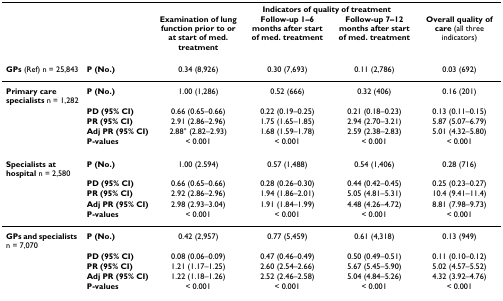
<table><thead><tr><td></td><td></td><td colspan="4"><b>Indicators of quality of treatment</b></td></tr><tr><td></td><td></td><td><b>Examination of lung function prior to or at start of med. treatment</b></td><td><b>Follow-up 1–6 months after start of med. treatment</b></td><td><b>Follow-up 7–12 months after start of med. treatment</b></td><td><b>Overall quality of care (all three indicators)</b></td></tr></thead><tbody><tr><td><b>GPs </b>(Ref) n = 25,843</td><td><b>P (No.)</b></td><td>0.34 (8,926)</td><td>0.30 (7,693)</td><td>0.11 (2,786)</td><td>0.03 (692)</td></tr><tr><td><b>Primary care specialists </b>n = 1,282</td><td><b>P (No.)</b></td><td>1.00 (1,286)</td><td>0.52 (666)</td><td>0.32 (406)</td><td>0.16 (201)</td></tr><tr><td></td><td><b>PD (95% CI)</b></td><td>0.66 (0.65–0.66)</td><td>0.22 (0.19–0.25)</td><td>0.21 (0.18–0.23)</td><td>0.13 (0.11–0.15)</td></tr><tr><td></td><td><b>PR (95% CI)</b></td><td>2.91 (2.86–2.96)</td><td>1.75 (1.65–1.85)</td><td>2.94 (2.70–3.21)</td><td>5.87 (5.07–6.79)</td></tr><tr><td></td><td><b>Adj PR (95% CI)</b></td><td>2.88° (2.82–2.93)</td><td>1.68 (1.59–1.78)</td><td>2.59 (2.38–2.83)</td><td>5.01 (4.32–5.80)</td></tr><tr><td></td><td><b>P-values</b></td><td>&lt; 0.001</td><td>&lt; 0.001</td><td>&lt; 0.001</td><td>&lt; 0.001</td></tr><tr><td><b>Specialists at hospital </b>n = 2,580</td><td><b>P (No.)</b></td><td>1.00 (2.594)</td><td>0.57 (1,488)</td><td>0.54 (1,406)</td><td>0.28 (716)</td></tr><tr><td></td><td><b>PD (95% CI)</b></td><td>0.66 (0.65–0.66)</td><td>0.28 (0.26–0.30)</td><td>0.44 (0.42–0.45)</td><td>0.25 (0.23–0.27)</td></tr><tr><td></td><td><b>PR (95% CI)</b></td><td>2.92 (2.86–2.96)</td><td>1.94 (1.86–2.01)</td><td>5.05 (4.81–5.31)</td><td>10.4 (9.41–11.4)</td></tr><tr><td></td><td><b>Adj PR (95% CI)</b></td><td>2.98 (2.93–3.04)</td><td>1.91 (1.84–1.99)</td><td>4.48 (4.26–4.72)</td><td>8.81 (7.98–9.73)</td></tr><tr><td></td><td><b>P-values</b></td><td>&lt; 0.001</td><td>&lt; 0.001</td><td>&lt; 0.001</td><td>&lt; 0.001</td></tr><tr><td><b>GPs and specialists </b>n = 7,070</td><td><b>P (No.)</b></td><td>0.42 (2,957)</td><td>0.77 (5,459)</td><td>0.61 (4,318)</td><td>0.13 (949)</td></tr><tr><td></td><td><b>PD (95% CI)</b></td><td>0.08 (0.06–0.09)</td><td>0.47 (0.46–0.49)</td><td>0.50 (0.49–0.51)</td><td>0.11 (0.10–0.12)</td></tr><tr><td></td><td><b>PR (95% CI)</b></td><td>1.21 (1.17–1.25)</td><td>2.60 (2.54–2.66)</td><td>5.67 (5.45–5.90)</td><td>5.02 (4.57–5.52)</td></tr><tr><td></td><td><b>Adj PR (95% CI)</b></td><td>1.22 (1.18–1.26)</td><td>2.52 (2.46–2.58)</td><td>5.04 (4.84–5.26)</td><td>4.32 (3.92–4.76)</td></tr><tr><td></td><td><b>P-values</b></td><td>&lt; 0.001</td><td>&lt; 0.001</td><td>&lt; 0.001</td><td>&lt; 0.001</td></tr></tbody></table>